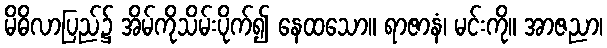
မိဓိလာပြည်၌ အိမ်ကိုသိမ်းပိုက်၍ နေထသော။ ရာဇာနံ၊ မင်းကို။ အာဇညာ၊